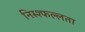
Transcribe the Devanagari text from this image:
निस्श्फल्लता